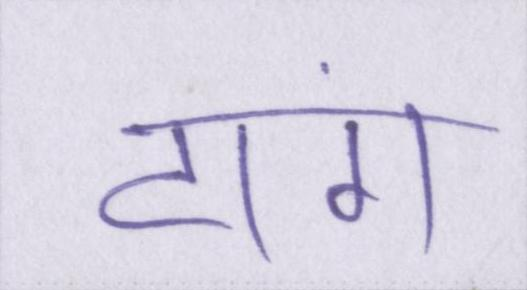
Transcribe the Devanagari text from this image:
टांग